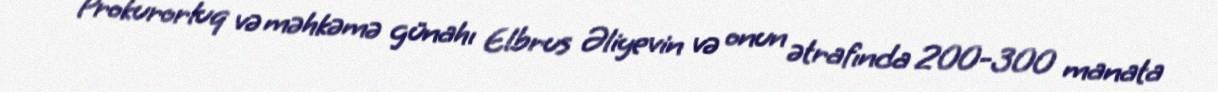
Prokurorluq və məhkəmə günahı Elbrus Əliyevin və onun ətrafında 200-300 manata